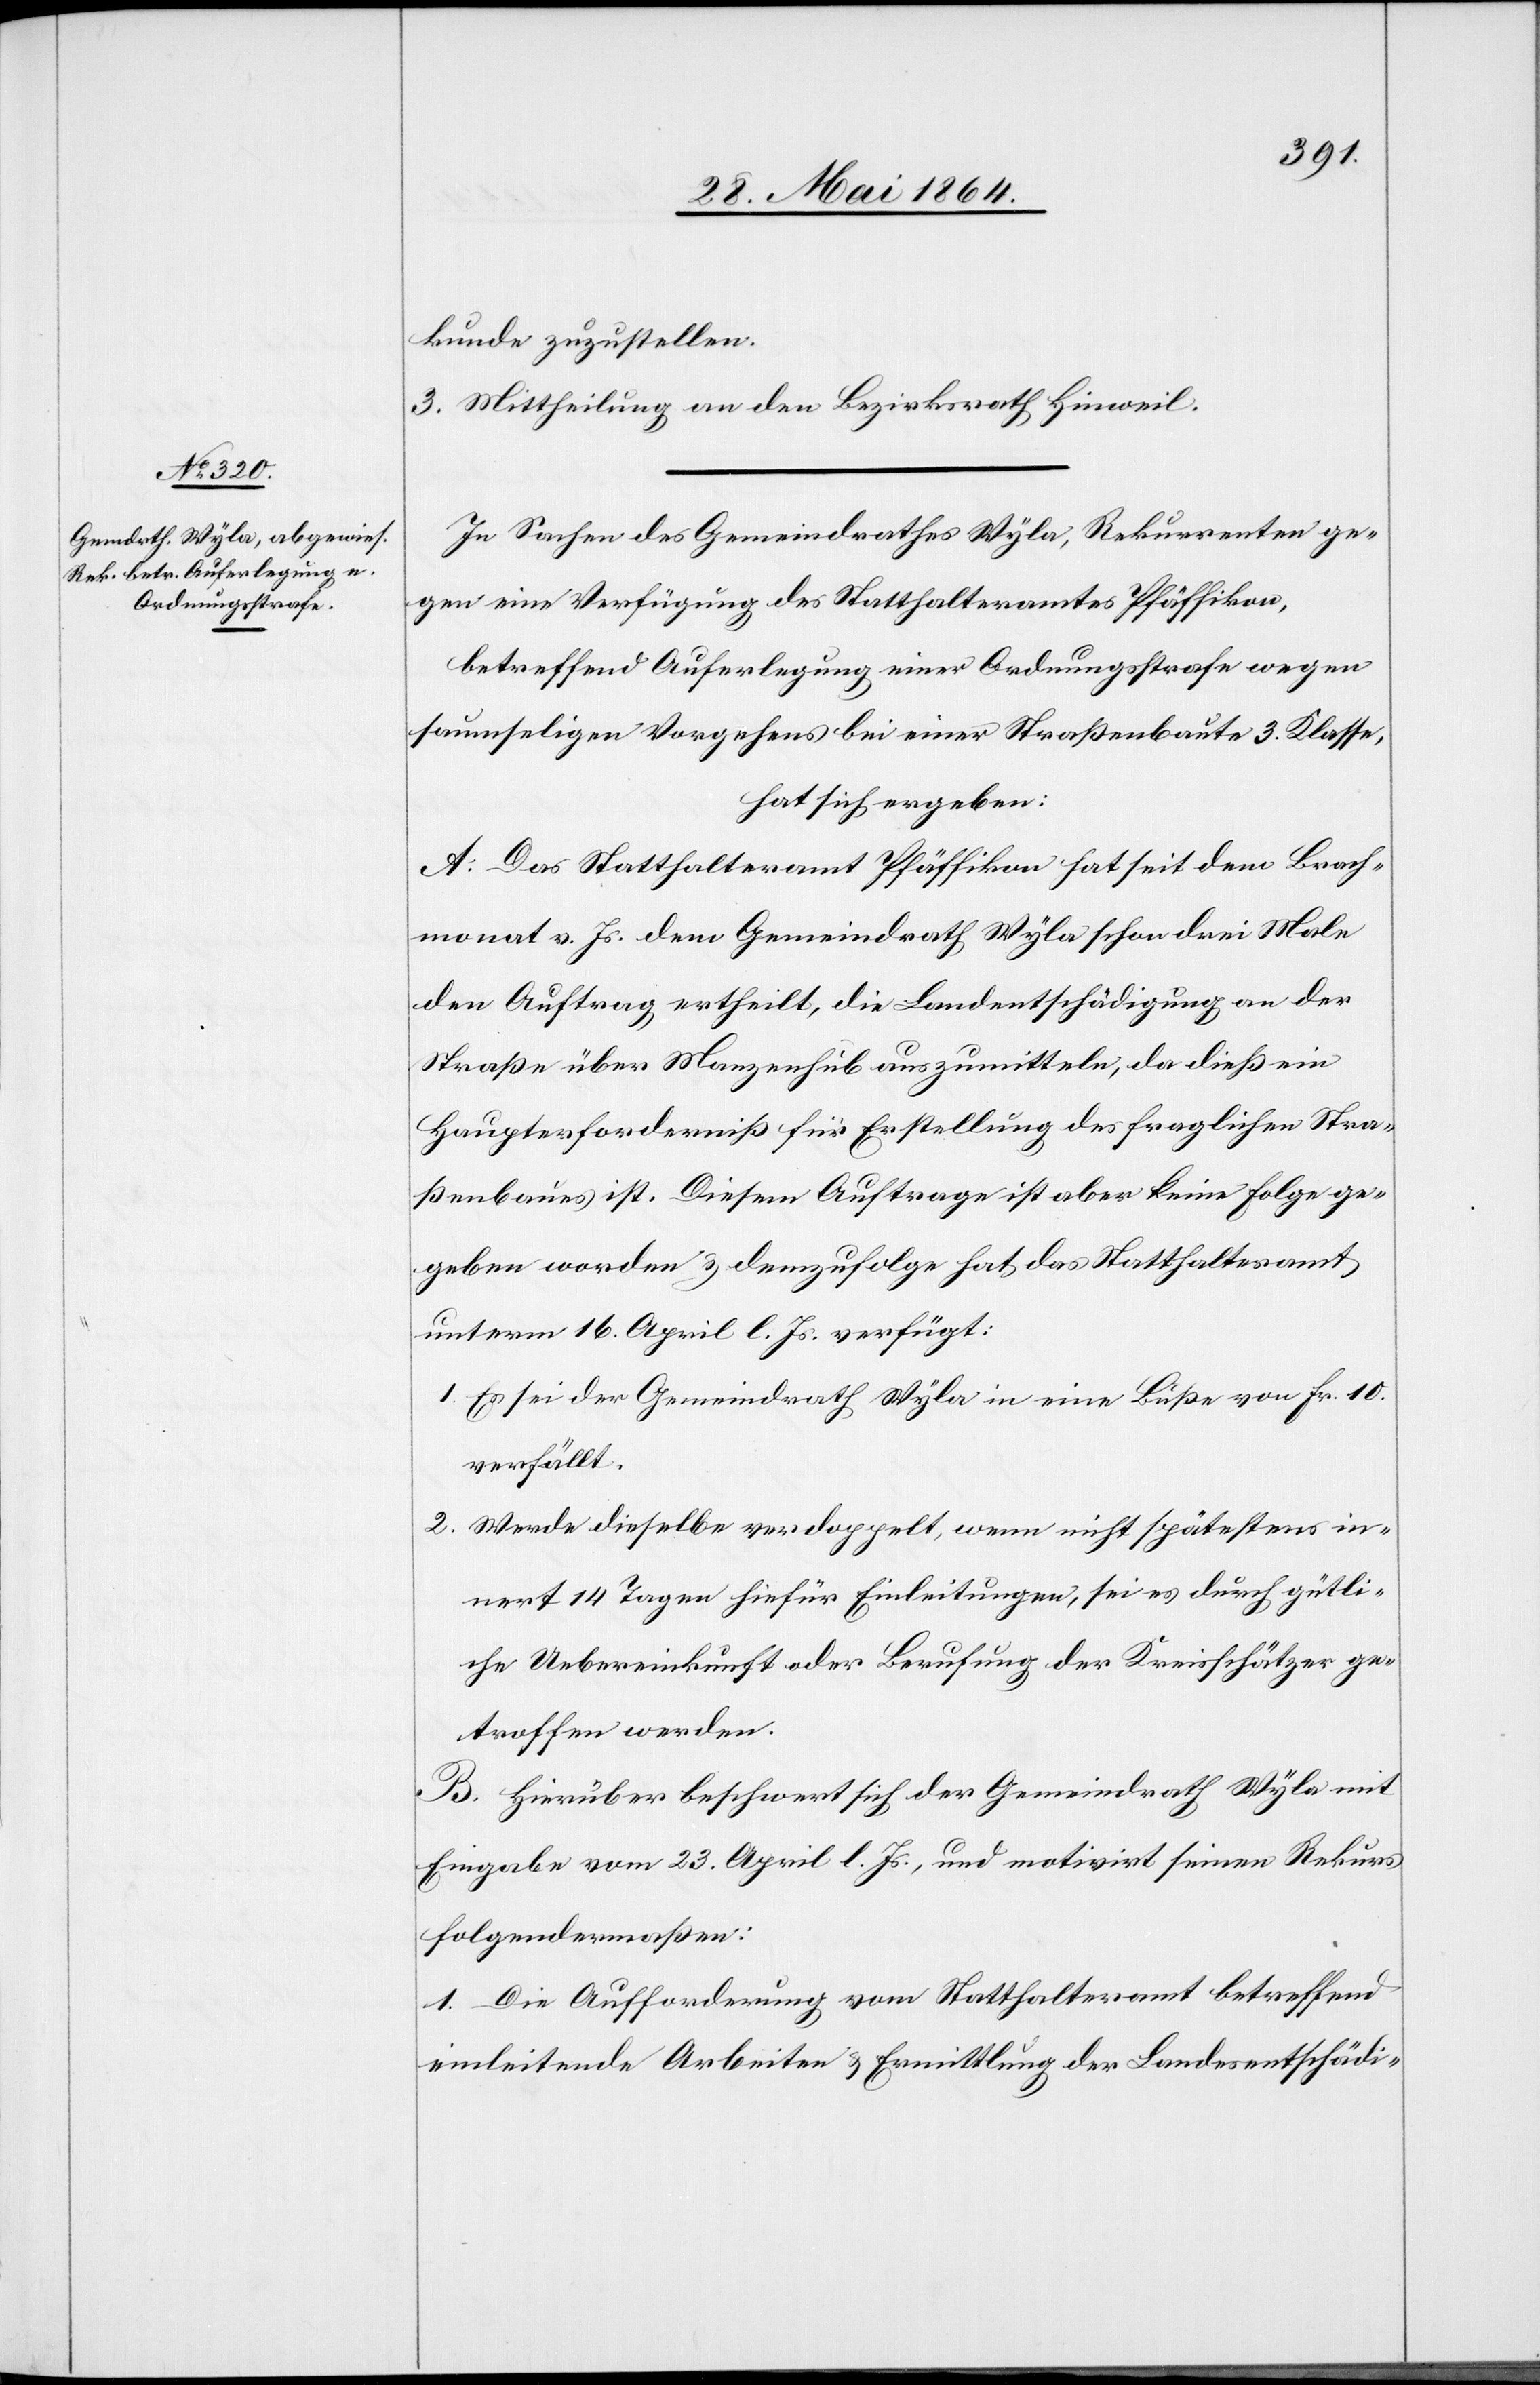
kunde zuzustellen.
3. Mittheilung an den Bezirksrath Hinweil.
In Sachen des Gemeindrathes Wyla, Rekurrenten ge¬
gen eine Verfügung des Statthalteramtes Pfäffikon,
betreffend Auferlegung einer Ordnungsstrafe wegen
saumseligen Vorgehens bei einer Straßenbaute 3. Klasse,
hat sich ergeben:
A. Das Statthalteramt Pfäffikon hat seit dem Brach¬
monat v. Js. dem Gemeindrath Wyla schon drei Male
den Auftrag ertheilt, die Landentschädigung an der
Straße über Manzenhub auszumitteln, da dieß ein
Haupterforderniß für Erstellung des fraglichen Stra¬
ßenbaues ist. Diesem Auftrage ist aber keine Folge ge¬
geben worden u. demzufolge hat das Statthalteramt
unterm 16. April l. Js. verfügt:
1. Es sei der Gemeindrath Wyla in eine Buße von Fr. 10
verfällt.
2. Werde dieselbe verdoppelt, wenn nicht spätestens in¬
nert 14 Tagen hiefür Einleitungen, sei es durch gütli¬
che Uebereinkunft oder Berufung der Kreisschätzer ge¬
troffen werden.
B. Hierüber beschwert sich der Gemeindrath Wyla mit
Eingabe vom 23. April l. Js., und motivirt seinen Rekurs
folgendermaßen:
1. Die Aufforderung vom Statthalteramt betreffend
einleitende Arbeiten u. Ermittlung der Landesentschädi-